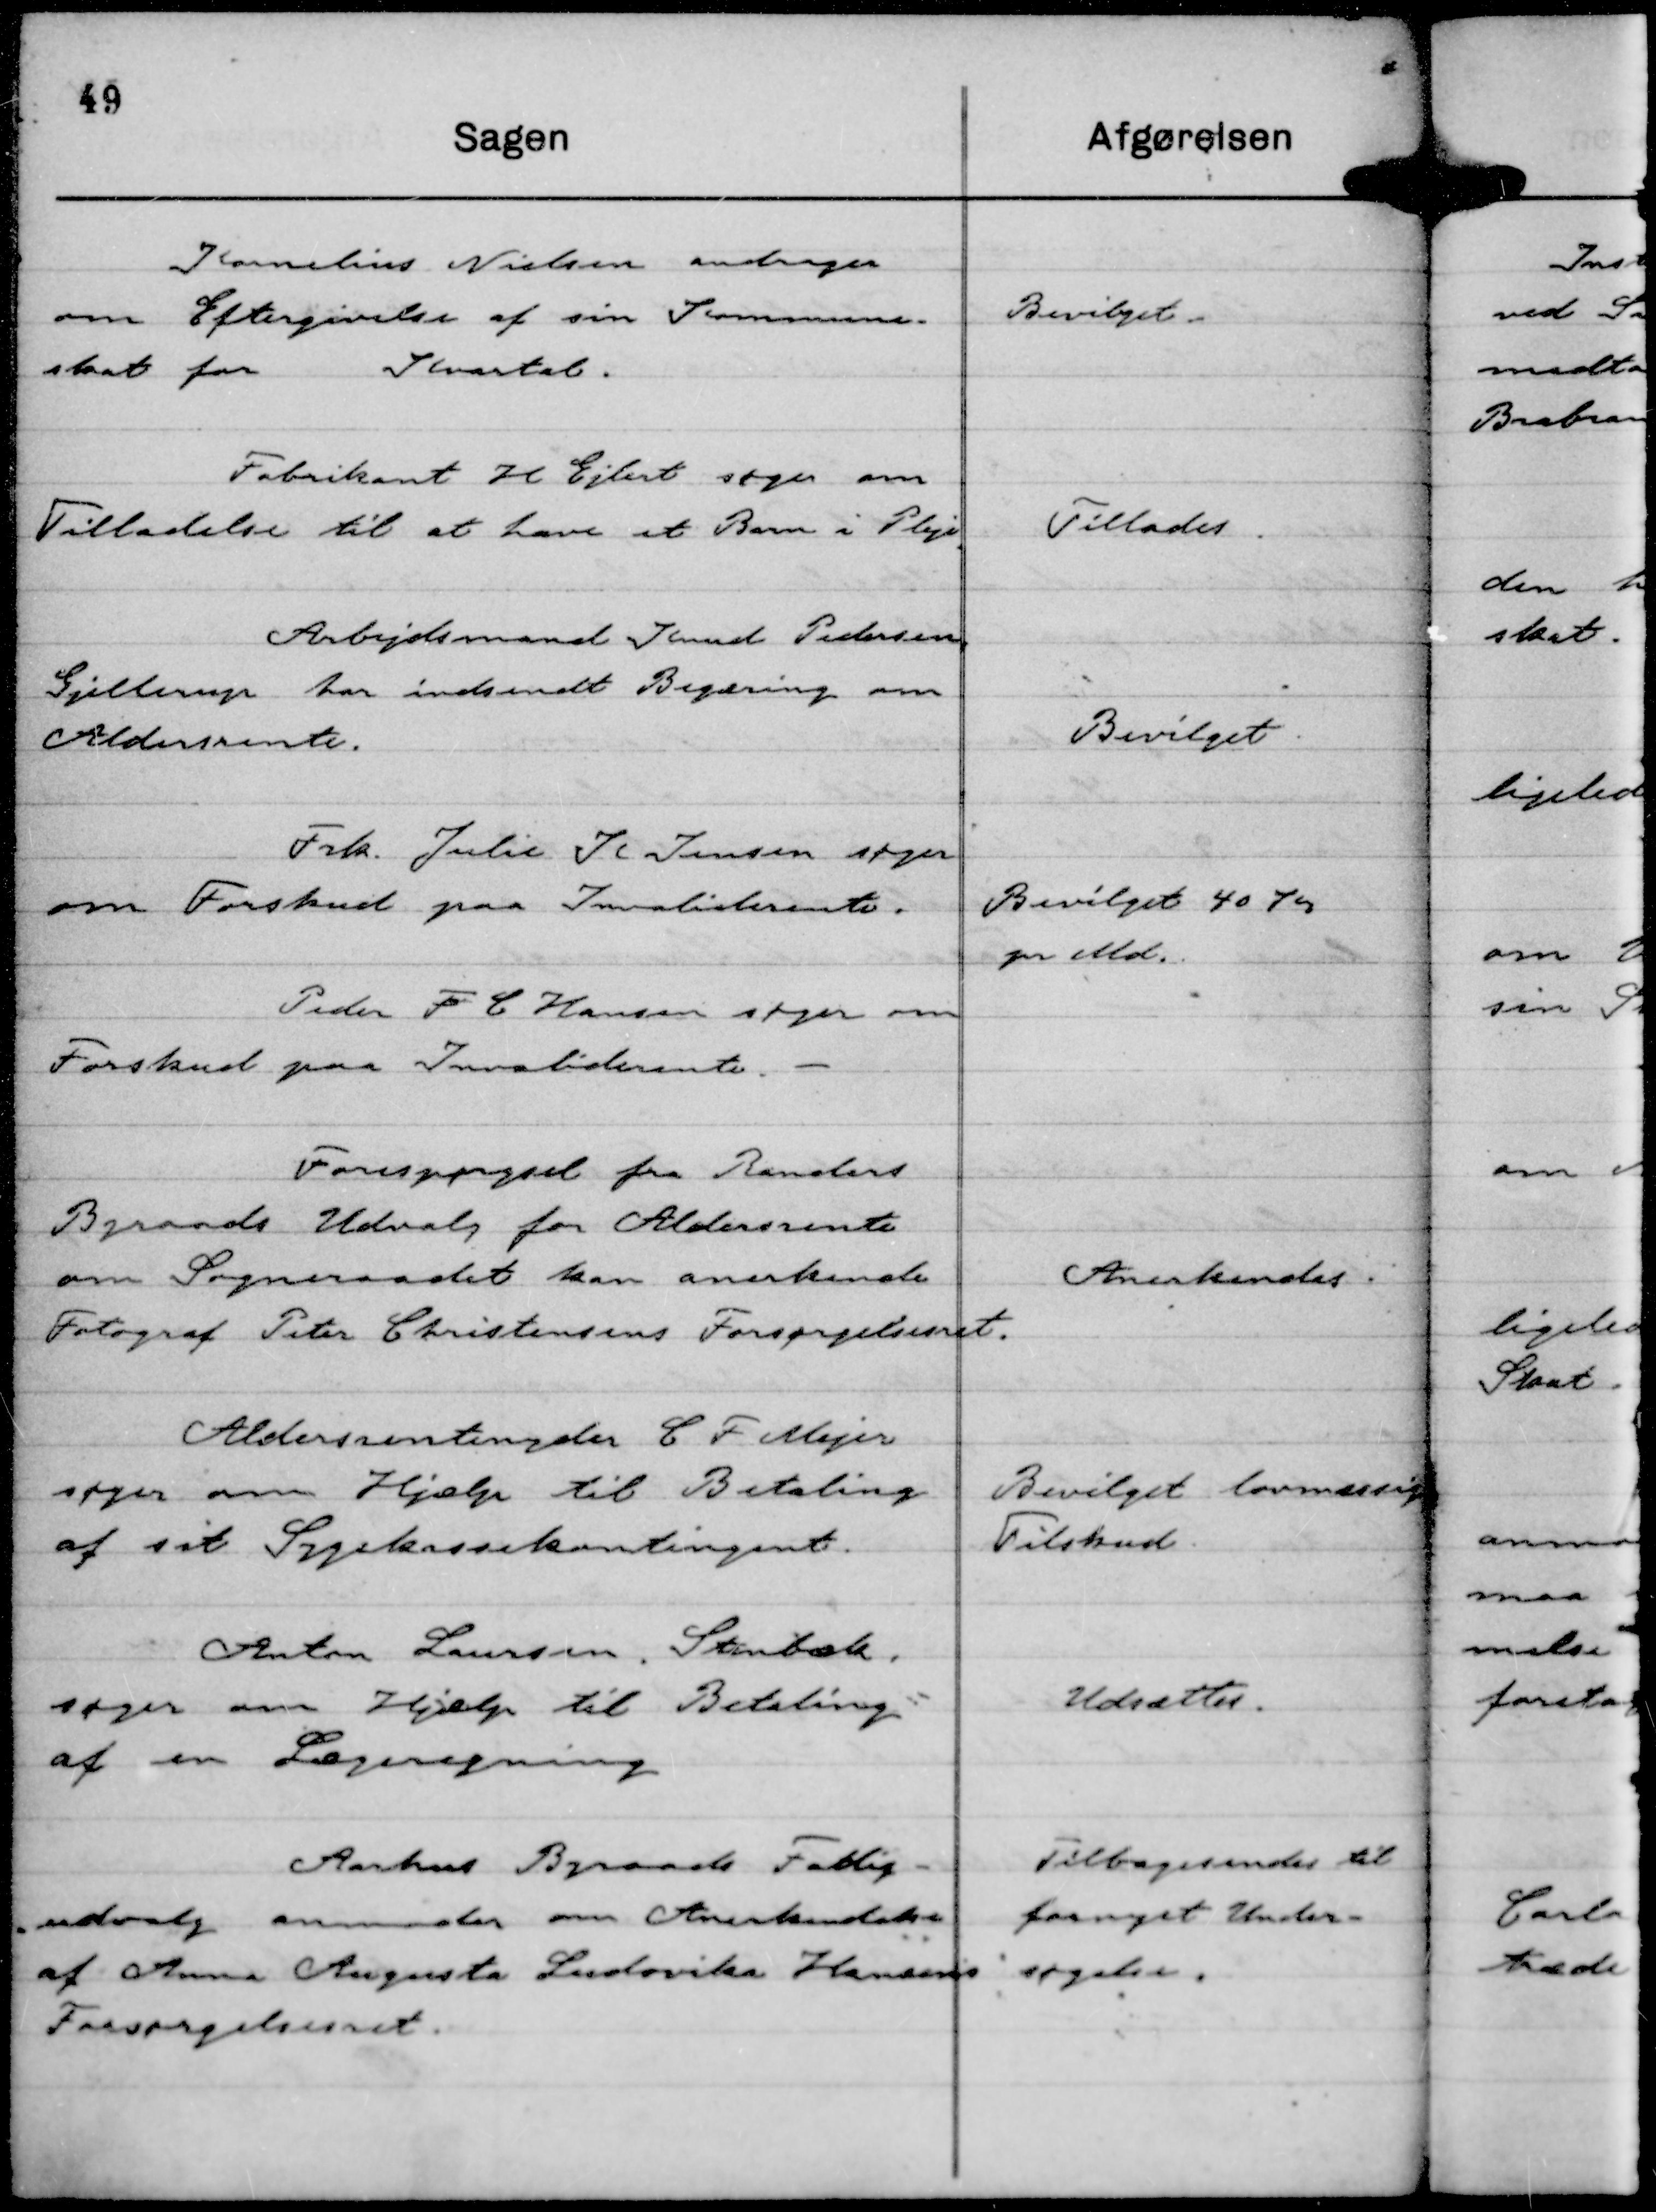
Transskription:
Kornelius Nielsen andrager
om Eftergivelse af sin Kommune-
skat for
Kvartal.

Bevilget.

Fabrikant H Ejlert søger om
Tilladelse til at have et Barn i Pleje.

Tillades.

Arbejdsmand Knud Pedersen
Gjellerup har indsendt Begæring om
Aldersrente.

Bevilget.

Frk. Julie K Jensen søger
om Forskud paa Invaliderente.

Bevilget 40 Kr
pr Md.

Peder F C Hansen søger om
Forskud paa Invaliderente.

Forespørgsel fra Randers
Byraads Udvalg for Aldersrente
om Sogneraadet kan anerkende
Fotograf Peter Christensens Forsørgelsesret.

Anerkendes.

Aldersrentenyder C F Mejer
søger om Hjælp til Betaling
af sit Sygekassekontingent.

Bevilget lovmæssig
Tilskud.

Anton Laursen, Stenbæk,
søger om Hjælp til Betaling
af en Lægeregning

Udsættes.

Aarhus Byraads Fattig-
udvalg anmoder om Anerkendelse
af Anne Augusta Ludovika Hansens
Forsørgelsesret.

Tilbagesendes til
fornyet Under-
søgelse.